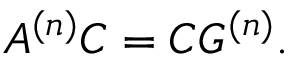
A ^ { ( n ) } C = C G ^ { ( n ) } .